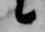
候